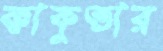
কাকুতার